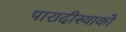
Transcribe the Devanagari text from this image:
पारादीस्याको